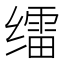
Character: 𱺭